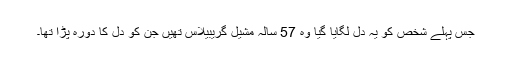
جس پہلے شخص کو یہ دل لگایا گیا وہ 57 سالہ مشیل گریبیلاس تھیں جن کو دل کا دورہ پڑا تھا۔